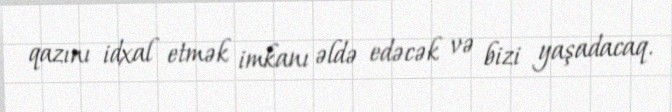
qazını idxal etmək imkanı əldə edəcək və bizi yaşadacaq.